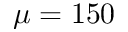
\mu = 1 5 0